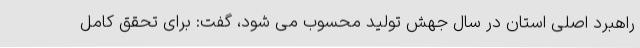
راهبرد اصلی استان در سال جهش تولید محسوب می شود، گفت: برای تحقق کامل